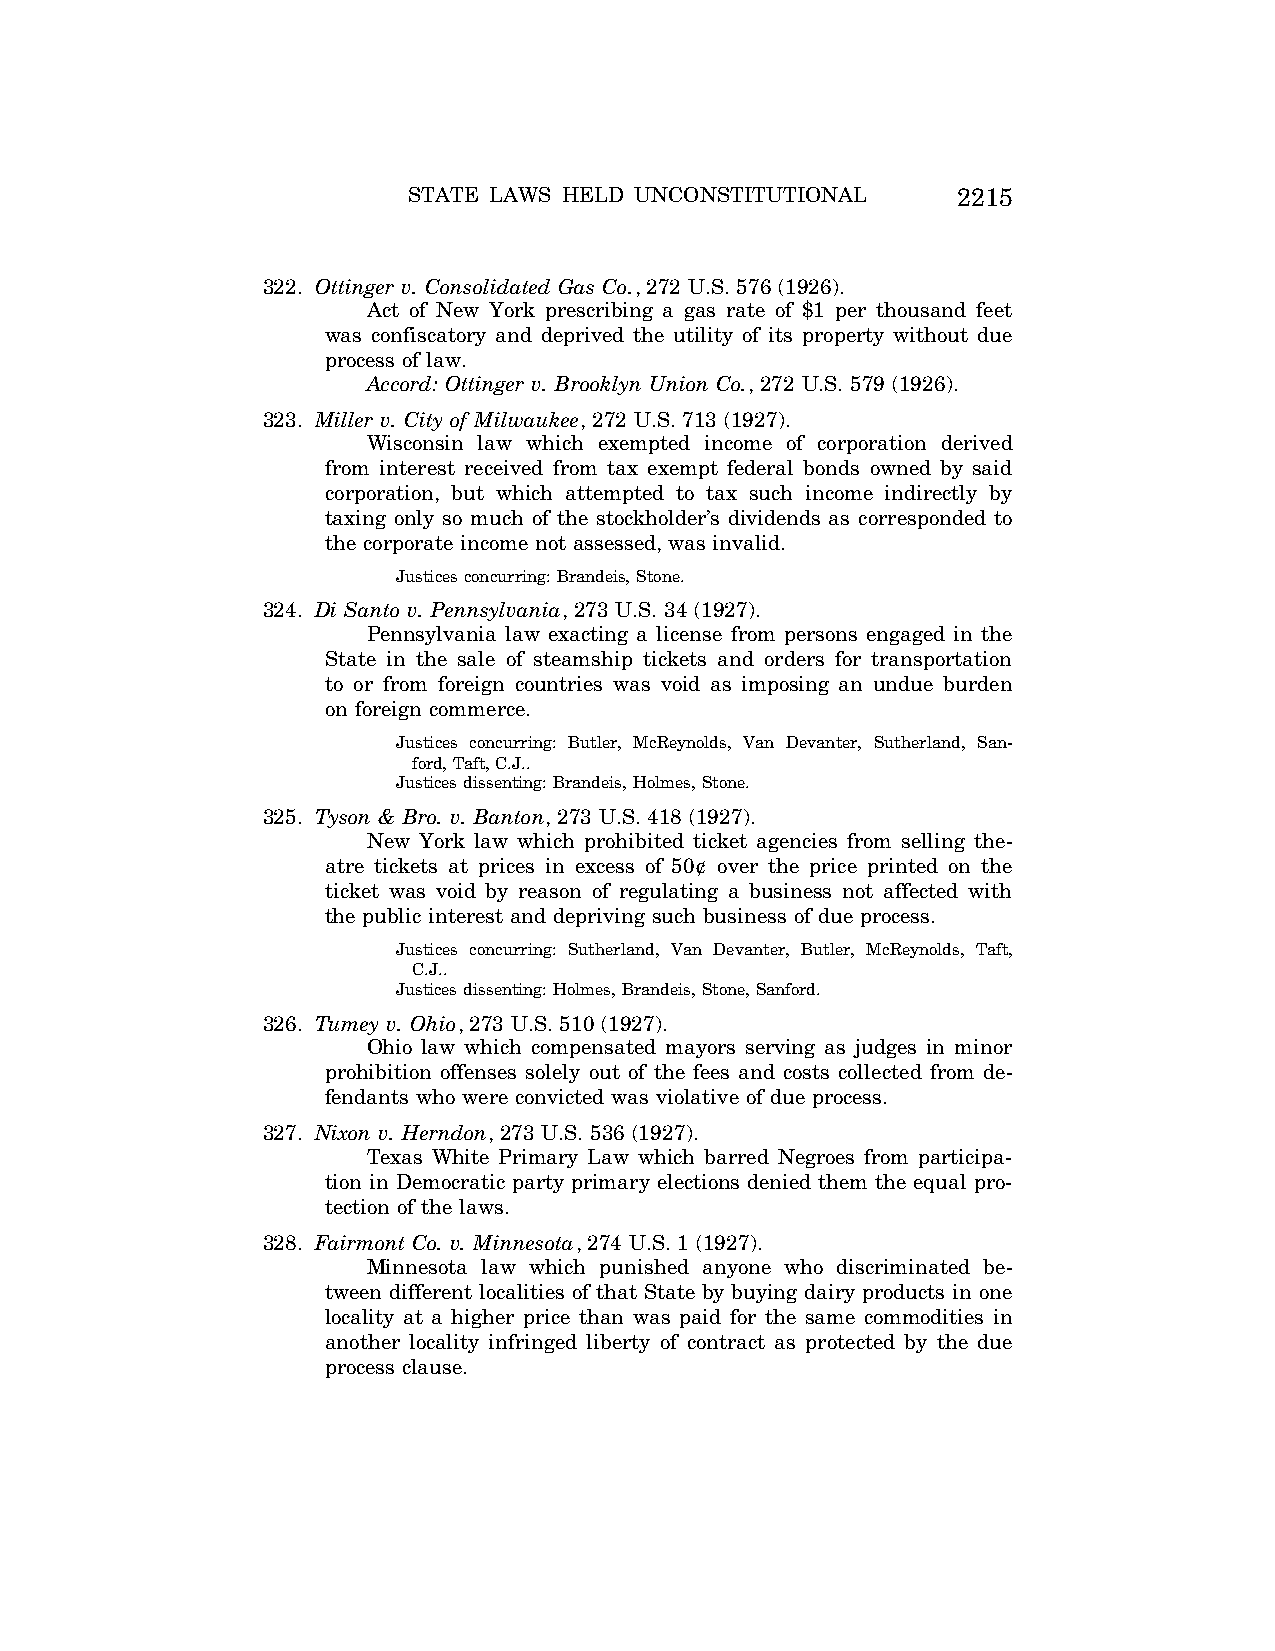
STATE LAWS HELD UNCONSTITUTIONAL    2215
 322. Ottinger v. Consolidated Gas Co., 272 U.S. 576 (1926).
 Act of New York prescribing a gas rate of $1 per thousand feet
 was confiscatory and deprived the utility of its property without due
 process of law.
 Accord: Ottinger v. Brooklyn Union Co., 272 U.S. 579 (1926).
 323. Miller v. City of Milwaukee, 272 U.S. 713 (1927).
 Wisconsin law which exempted income of corporation derived
 from interest received from tax exempt federal bonds owned by said
 corporation, but which attempted to tax such income indirectly by
 taxing only so much of the stockholder’s dividends as corresponded to
 the corporate income not assessed, was invalid.
 Justices concurring: Brandeis, Stone.
 324. Di Santo v. Pennsylvania, 273 U.S. 34 (1927).
 Pennsylvania law exacting a license from persons engaged in the
 State in the sale of steamship tickets and orders for transportation
 to or from foreign countries was void as imposing an undue burden
 on foreign commerce.
 Justices concurring: Butler, McReynolds, Van Devanter, Sutherland, San-
 ford, Taft, C.J..
 Justices dissenting: Brandeis, Holmes, Stone.
 325. Tyson & Bro. v. Banton, 273 U.S. 418 (1927).
 New York law which prohibited ticket agencies from selling the-
 atre tickets at prices in excess of 50¢ over the price printed on the
 ticket was void by reason of regulating a business not affected with
 the public interest and depriving such business of due process.
 Justices concurring: Sutherland, Van Devanter, Butler, McReynolds, Taft,
 C.J..
 Justices dissenting: Holmes, Brandeis, Stone, Sanford.
 326. Tumey v. Ohio, 273 U.S. 510 (1927).
 Ohio law which compensated mayors serving as judges in minor
 prohibition offenses solely out of the fees and costs collected from de-
 fendants who were convicted was violative of due process.
 327. Nixon v. Herndon, 273 U.S. 536 (1927).
 Texas White Primary Law which barred Negroes from participa-
 tion in Democratic party primary elections denied them the equal pro-
 tection of the laws.
 328. Fairmont Co. v. Minnesota, 274 U.S. 1 (1927).
 Minnesota law which punished anyone who discriminated be-
 tween different localities of that State by buying dairy products in one
 locality at a higher price than was paid for the same commodities in
 another locality infringed liberty of contract as protected by the due
 process clause.
 VerDate Aug<04>2004 12:57 Aug 23, 2004 Jkt 077500 PO 00000 Frm 00055 Fmt 8222 Sfmt 8222 C:\CONAN\CON064.SGM PRFM99 PsN: CON064